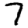
Digit: 7